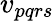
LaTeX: v_{pqrs}